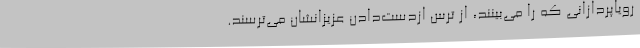
رویاپردازانی که را می‌بینند، از ترس ازدست‌دادن عزیزانشان می‌ترسند.